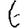
Digit: 6